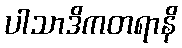
ပါသာဒိကတရာနိ